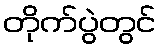
တိုက်ပွဲတွင်